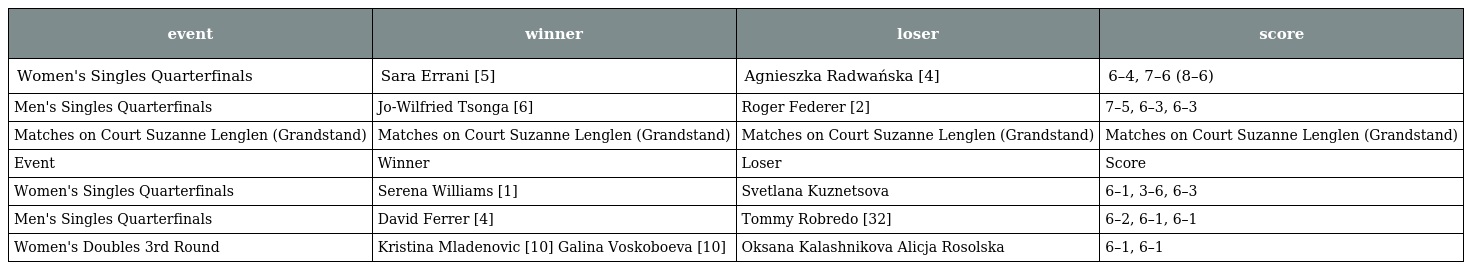
| event | winner | loser | score |
 | --- | --- | --- | --- |
 | Women's Singles Quarterfinals | Sara Errani [5] | Agnieszka Radwańska [4] | 6–4, 7–6 (8–6) |
 | Men's Singles Quarterfinals | Jo-Wilfried Tsonga [6] | Roger Federer [2] | 7–5, 6–3, 6–3 |
 | Matches on Court Suzanne Lenglen (Grandstand) | Matches on Court Suzanne Lenglen (Grandstand) | Matches on Court Suzanne Lenglen (Grandstand) | Matches on Court Suzanne Lenglen (Grandstand) |
 | Event | Winner | Loser | Score |
 | Women's Singles Quarterfinals | Serena Williams [1] | Svetlana Kuznetsova | 6–1, 3–6, 6–3 |
 | Men's Singles Quarterfinals | David Ferrer [4] | Tommy Robredo [32] | 6–2, 6–1, 6–1 |
 | Women's Doubles 3rd Round | Kristina Mladenovic [10] Galina Voskoboeva [10] | Oksana Kalashnikova Alicja Rosolska | 6–1, 6–1 |